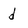
Character: d